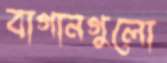
বাগানগুলো